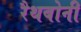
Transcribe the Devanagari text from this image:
रैथबोनी